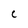
Character: C